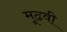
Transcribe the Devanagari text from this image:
मूढवी